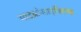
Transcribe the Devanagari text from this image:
माइक्रोसाइक्लिक